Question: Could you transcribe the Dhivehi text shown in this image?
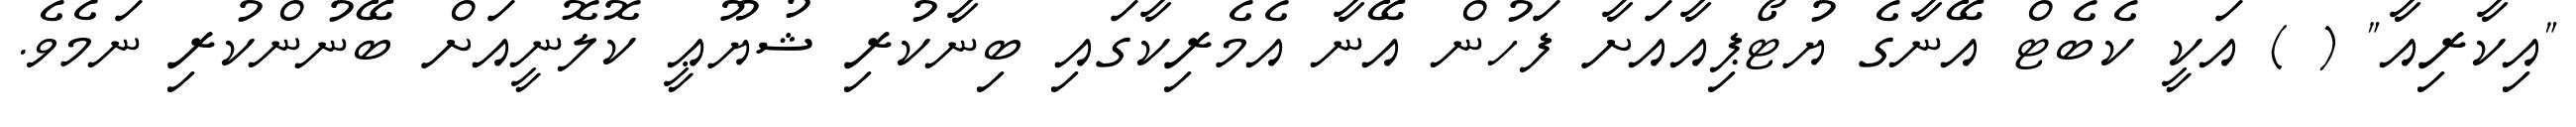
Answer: "އިކާރިއާ" ( ) އަކީ ކެބެޓް އޭނާގެ ޔުޓޯޕިއާއަށާ ފަހުން އޭނާ އެމެރިކާގައި ބިނާކުރި ޝުޔޫޢީ ކޮލޮނީއަށް ބޭނުންކުރި ނަމެވެ.